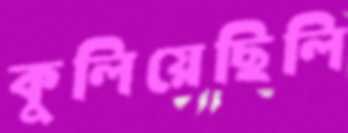
কুলিয়েছিলি